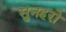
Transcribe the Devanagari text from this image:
सुनहरो